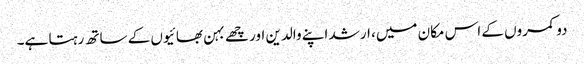
دو کمروں کے اس مکان میں، ارشد اپنے والدین اور چھے بہن بھائیوں کے ساتھ رہتا ہے۔